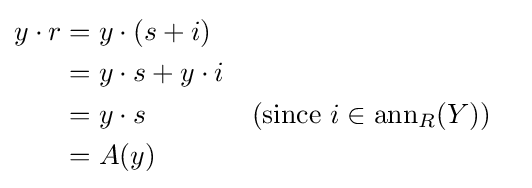
{\begin{aligned}y\cdot r&=y\cdot (s+i)\\&=y\cdot s+y\cdot i\\&=y\cdot s&&({\text{since }}i\in {\text{ann}}_{R}(Y))\\&=A(y)\end{aligned}}